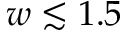
w \lesssim 1 . 5